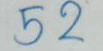
52